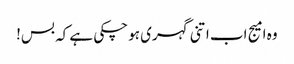
وہ امیج اب اتنی گہری ہو چکی ہے کہ بس!